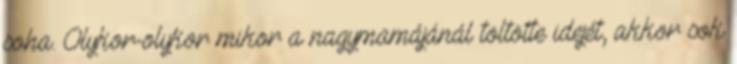
soha. Olykor-olykor mikor a nagymamájánál töltötte idejét, akkor sok